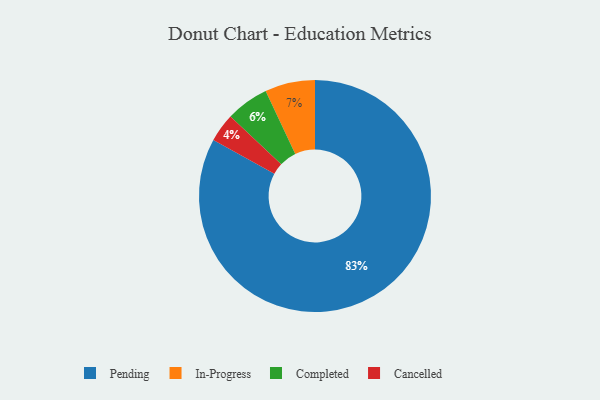
{"axis": {"x": "Category", "y": "Percentage"}, "legend": ["Cancelled", "Completed", "In-Progress", "Pending"], "data": [{"x": "In-Progress", "y": 7, "type": "In-Progress"}, {"x": "Cancelled", "y": 4, "type": "Cancelled"}, {"x": "Completed", "y": 6, "type": "Completed"}, {"x": "Pending", "y": 83, "type": "Pending"}]}